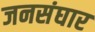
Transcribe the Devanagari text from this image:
जनसंघार